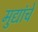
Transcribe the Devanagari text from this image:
मुद्यांचे